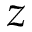
z